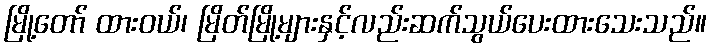
မြို့တော် ထားဝယ်၊ မြိတ်မြို့များနှင့်လည်းဆက်သွယ်ပေးထားသေးသည်။